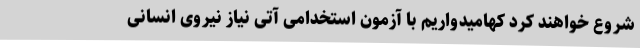
شروع خواهند کرد کهامیدواریم با آزمون استخدامی آتی نیاز نیروی انسانی